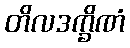
တိလဒက္ခိဏံ